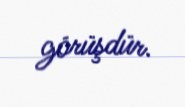
görüşdür.